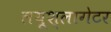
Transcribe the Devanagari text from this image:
लयूश्लागेटर